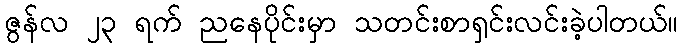
ဇွန်လ ၂၃ ရက် ညနေပိုင်းမှာ သတင်းစာရှင်းလင်းခဲ့ပါတယ်။